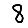
Digit: 8